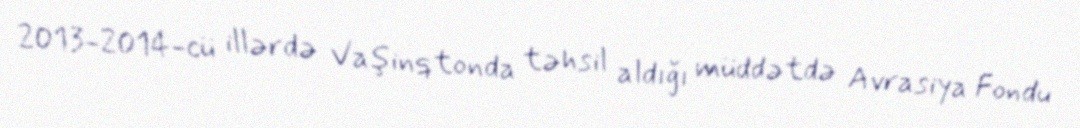
2013-2014-cü illərdə Vaşinqtonda təhsil aldığı müddətdə Avrasiya Fondu